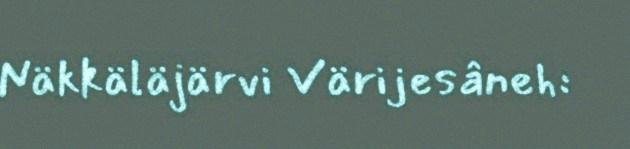
Näkkäläjärvi Värijesâneh: